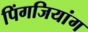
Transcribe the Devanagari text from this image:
पिंगजियांग